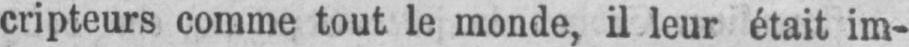
cripteurs comme tout le monde, il leur était im-